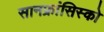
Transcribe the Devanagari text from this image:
सानफ्रांसिस्को